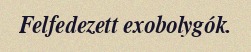
Felfedezett exobolygók.